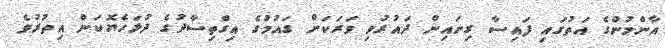
އާންމުންގެ އަތުގައި ފައިސާ ގިނައިން ދައުރުވި ވަރަކަށް ގައުމުގެ އިގްތިސާދުގެ ދުޅަހެޔޮކަން އިތުރުވެ